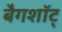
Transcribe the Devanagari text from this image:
बैगशॉट्